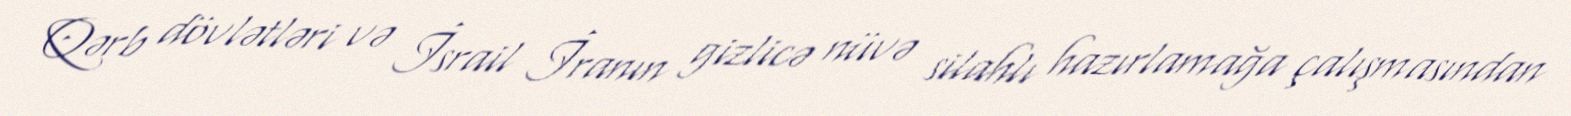
Qərb dövlətləri və İsrail İranın gizlicə nüvə silahlı hazırlamağa çalışmasından